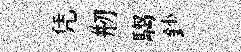
凭剏騶鈔